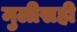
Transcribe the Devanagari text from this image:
मुलीसही